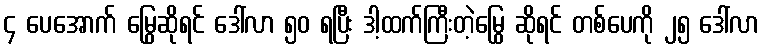
၄ ပေအောက် မြွေဆိုရင် ဒေါ်လာ ၅၀ ရပြီး ဒါ့ထက်ကြီးတဲ့မြွေ ဆိုရင် တစ်ပေကို ၂၅ ဒေါ်လာ